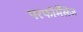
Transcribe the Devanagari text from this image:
परफॉर्मेंसेज